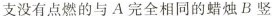
支没有点燃的与A完全相同的蜡烛B竖